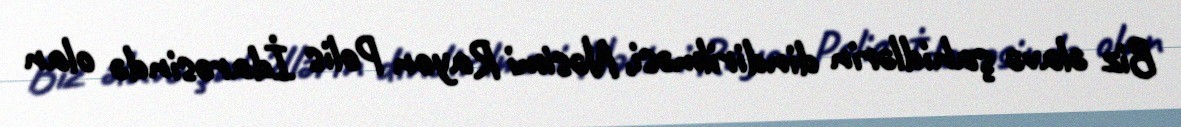
Biz əlavə şahidlərin dindirilməsi, Nəsimi Rayon Polis İdarəsində olan